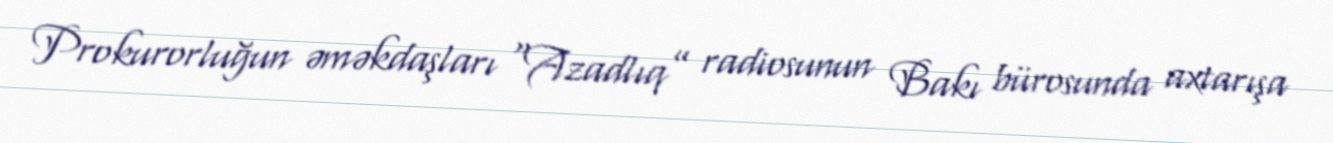
Prokurorluğun əməkdaşları “Azadlıq” radiosunun Bakı bürosunda axtarışa